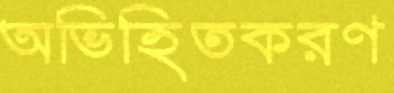
অভিহিতকরণ